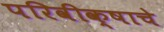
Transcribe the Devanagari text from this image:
परिवीक्षाचे